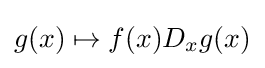
g(x)\mapsto f(x)D_{x}g(x)